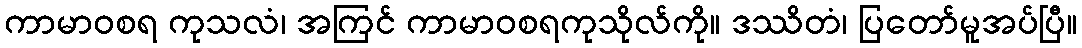
ကာမာဝစရ ကုသလံ၊ အကြင် ကာမာဝစရကုသိုလ်ကို။ ဒဿိတံ၊ ပြတော်မူအပ်ပြီ။